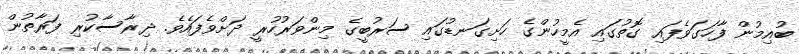
ބުއިމުން ފާހަގަވެފައި ގޮތުގައި އެމީހުންގެ ހަށިގަނޑުގައި ސަރުބީގެ މިންވަރުހުރީ ދަށްވެފައެވެ. ދިރާސާކުރި ފަރާތުން